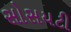
સોસયટી